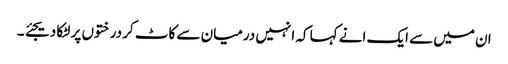
ان میں سے ایک انے کہا کہ انہیں درمیان سے کاٹ کر درختوں پر لٹکا دیجئے ۔